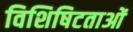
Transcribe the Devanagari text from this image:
विशिषिटताओं